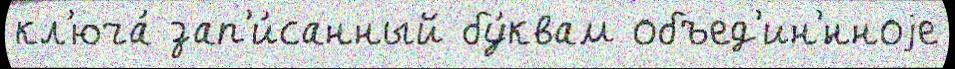
кл'юча́ зап'и́санный бу́квам объед'ин'́нноjе